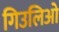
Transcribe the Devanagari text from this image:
गिउलिओ